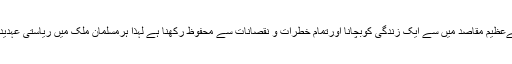
فتوے کے مطابق کورونا وائرس تیزی سے پھیلتا ہے، اسلامی قانون کےعظیم مقاصد میں سے ایک زندگی کوبچانا اورتمام خطرات و نقصانات سے محفوظ رکھنا ہے لہٰذا ہرمسلمان ملک میں ریاستی عہدیداروں کو باجماعت نماز اور نماز جمعہ پرپابندی لگانے کی اجازت ہے۔